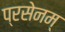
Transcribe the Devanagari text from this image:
प्रसेनम्‌